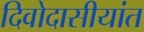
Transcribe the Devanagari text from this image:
दिवोदासीयांत